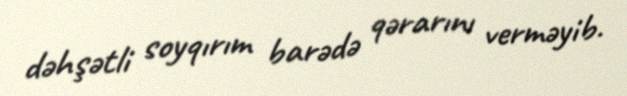
dəhşətli soyqırım barədə qərarını verməyib.